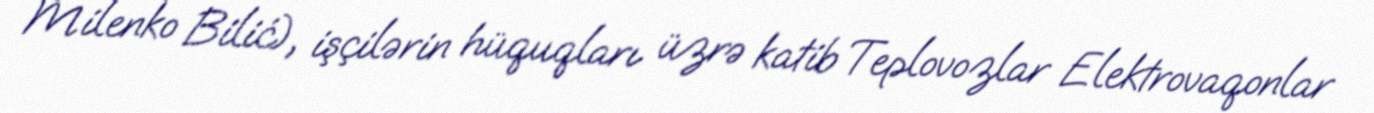
Milenko Bilić), işçilərin hüquqları üzrə katib Teplovozlar Elektrovaqonlar